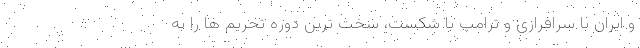
و ایران با سرافرازی و ترامپ با شکست، سخت ترین دوره تحریم ها را به